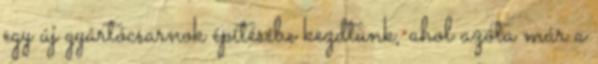
egy új gyártócsarnok építésébe kezdtünk, ahol azóta már a